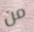
من